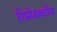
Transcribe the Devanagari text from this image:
रीप्रोडक्टीव